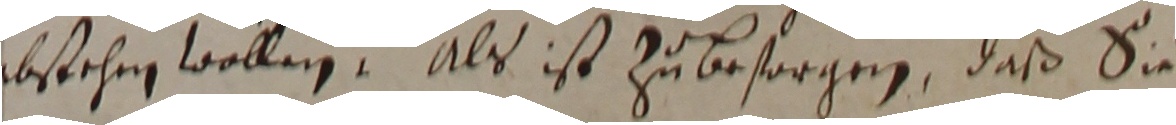
abstehen wollen. Als ist zu besorgen, daß sie